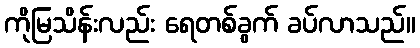
ကိုမြသိန်းလည်း ရေတစ်ခွက် ခပ်လာသည်။